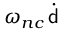
\omega _ { n c } \, \dot { { \mathsf { d } } }